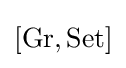
[\mathrm {Gr} ,\mathrm {Set} ]